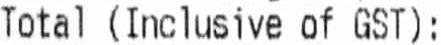
TOTAL (INCLUSIVE OF GST):